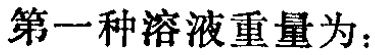
第一种溶液重量为：